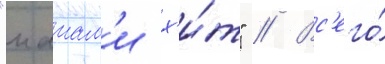
"маиам'и х'и́т" // Вс'его́